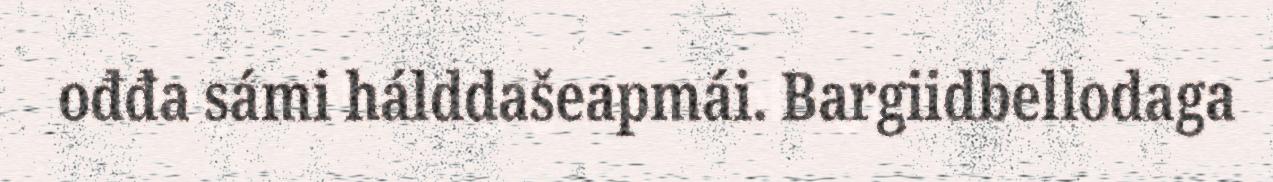
ođđa sámi hálddašeapmái. Bargiidbellodaga